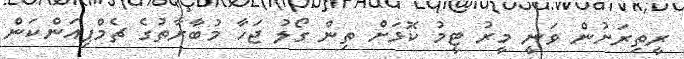
ރީތިރަށުން ވަނީ މީރު ޓީމު ކޮޅަށް ތިން ގޯލު ޖަހާ މުބާރާތުގެ ޗެމްޕިއަންކަން